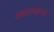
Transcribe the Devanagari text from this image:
पत्कारणाऱ्या